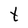
Character: t